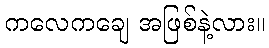
ကလေကချေ အဖြစ်နဲ့လား။